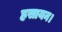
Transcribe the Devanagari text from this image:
हसायन।